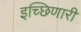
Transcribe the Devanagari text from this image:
इच्छिणारी